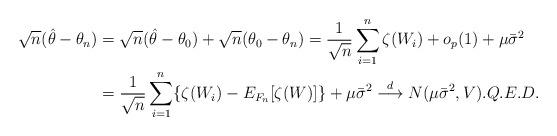
LaTeX: \begin{align*}\sqrt{n}(\hat{\theta}-\theta_{n}) & =\sqrt{n}(\hat{\theta}-\theta_{0})+\sqrt{n}(\theta_{0}-\theta_{n})=\frac{1}{\sqrt{n}}\sum_{i=1}^{n}\zeta(W_{i})+o_{p}(1)+\mu\bar{\sigma}^{2}\\& =\frac{1}{\sqrt{n}}\sum_{i=1}^{n}\{\zeta(W_{i})-E_{F_{n}}[\zeta(W)]\}+\mu\bar{\sigma}^{2}\overset{d}{\longrightarrow}N(\mu\bar{\sigma}^{2},V).Q.E.D.\end{align*}